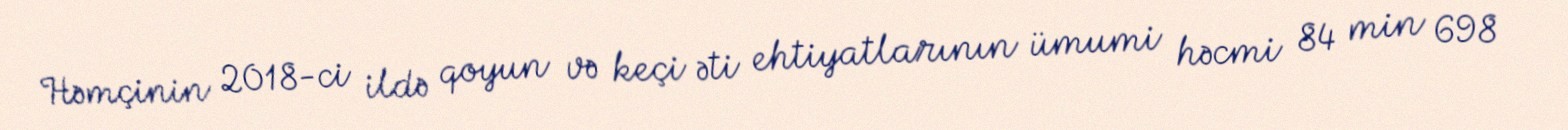
Həmçinin 2018-ci ildə qoyun və keçi əti ehtiyatlarının ümumi həcmi 84 min 698